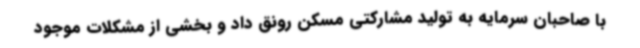
با صاحبان سرمایه به تولید مشارکتی مسکن رونق داد و بخشی از مشکلات موجود